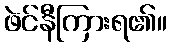
ဖဲင်နီကြားရ၏။